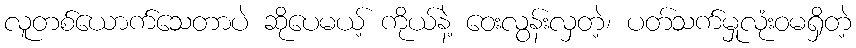
လူတစ်ယောက်သေတာပဲ ဆိုပေမယ့် ကိုယ်နဲ့ ဝေးလွန်းလှတဲ့၊ ပတ်သက်မှုလုံးဝမရှိတဲ့